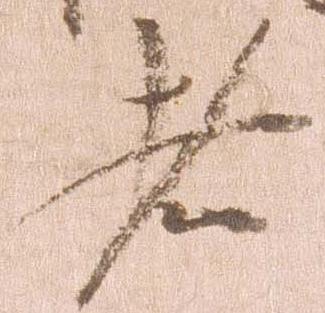
者